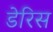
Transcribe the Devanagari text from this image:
डेरिस